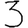
Digit: 3